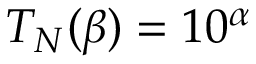
T _ { N } ( \beta ) = 1 0 ^ { \alpha }